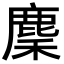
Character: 麇